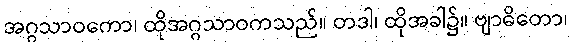
အဂ္ဂသာဝကော၊ ထိုအဂ္ဂသာဝကသည်။ တဒါ၊ ထိုအခါ၌။ ဗျာဓိတော၊